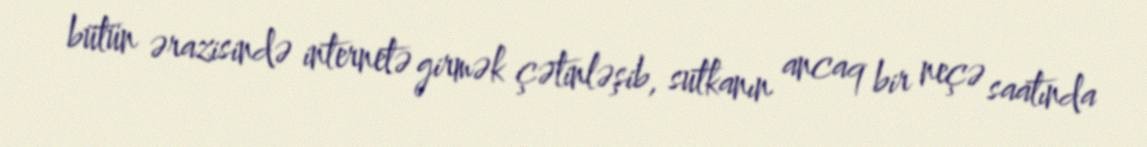
bütün ərazisində internetə girmək çətinləşib, sutkanın ancaq bir neçə saatında